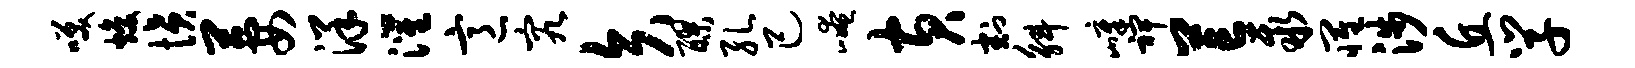
笑焕愤萋洋灌意究矢醪孔己崦黄割斛嶂裨芒聚罹涉丘学